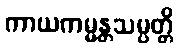
ကာယကမ္မန္တသမ္ပတ္တိ